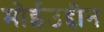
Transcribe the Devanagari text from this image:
मोईउद्दीन